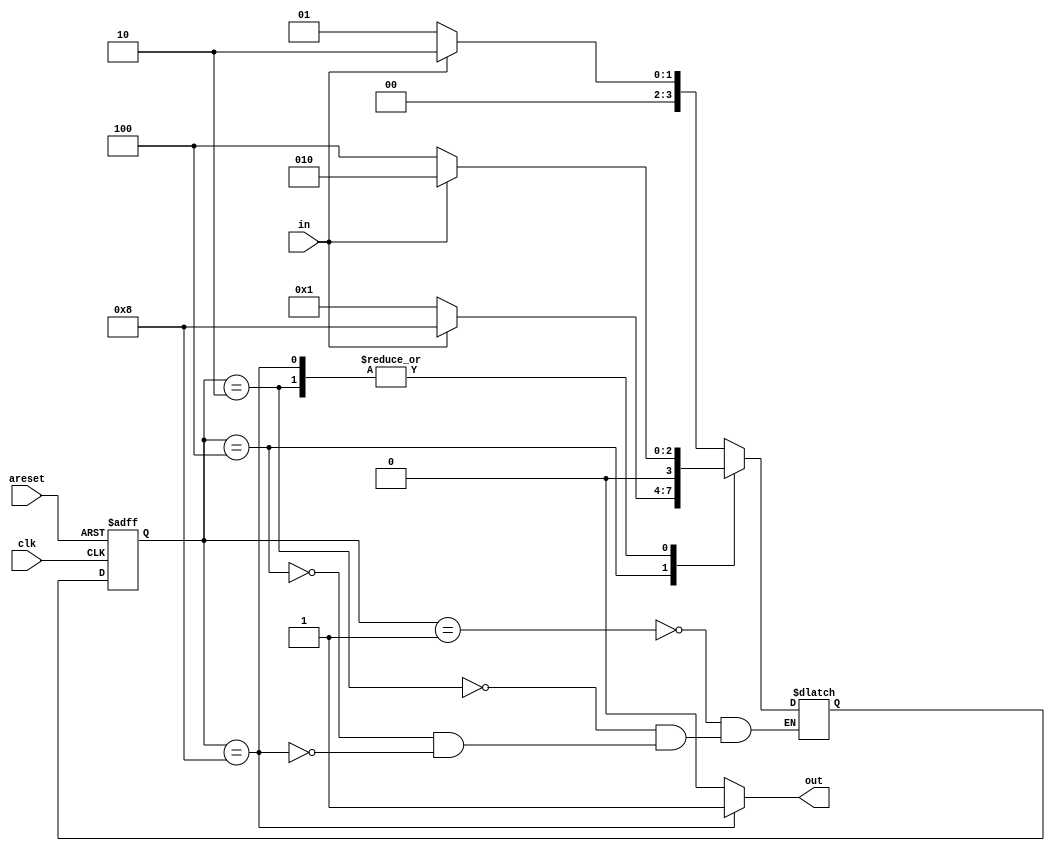
module top_module(
    input clk,
    input in,
    input areset,
    output out); //
    parameter State_a=4'b0001;
    parameter State_b=4'b0010;
    parameter State_c=4'b0100;
    parameter State_d=4'b1000;
    reg [3:0]State;
    reg [3:0]State_next;
    // State transition logic
    always @(*) begin
        case(State)
        State_a:State_next=(in==1'b0)?State_a:State_b;
        State_b:State_next=(in==1'b0)?State_c:State_b;
        State_c:State_next=(in==1'b0)?State_a:State_d;
        State_d:State_next=(in==1'b0)?State_c:State_b;
        endcase
    end

    // State flip-flops with asynchronous reset
    always @(posedge clk or posedge areset) begin
        if (areset) begin
            State<=State_a;
        end
        else begin
            State<=State_next;
        end
    end
    // Output logic
    assign out = (State==State_d)?1'b1:1'b0;

endmodule